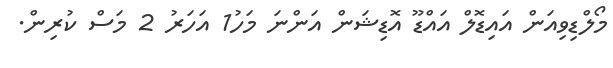
މޯލްޑިވިއަން އައިޑޮލް އައްޑޫ އޮޑިޝަން އަންނަ މަހު1 އަހަރު 2 މަސް ކުރިން.